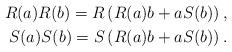
LaTeX: \begin{align*}R(a)R(b) = R\left(R(a) b + a S(b)\right) , \\S(a)S(b) = S\left(R(a) b + a S(b)\right) . \end{align*}